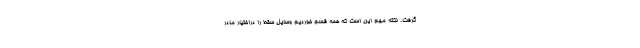
گرفت. نکته مهم این است که همه قسم خوردیم وسایل سقط را دراختیار مادر